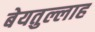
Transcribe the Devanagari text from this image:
बेयतुल्लाह